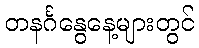
တနင်္ဂနွေနေ့များတွင်